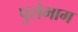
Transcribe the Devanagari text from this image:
पुरोभाग